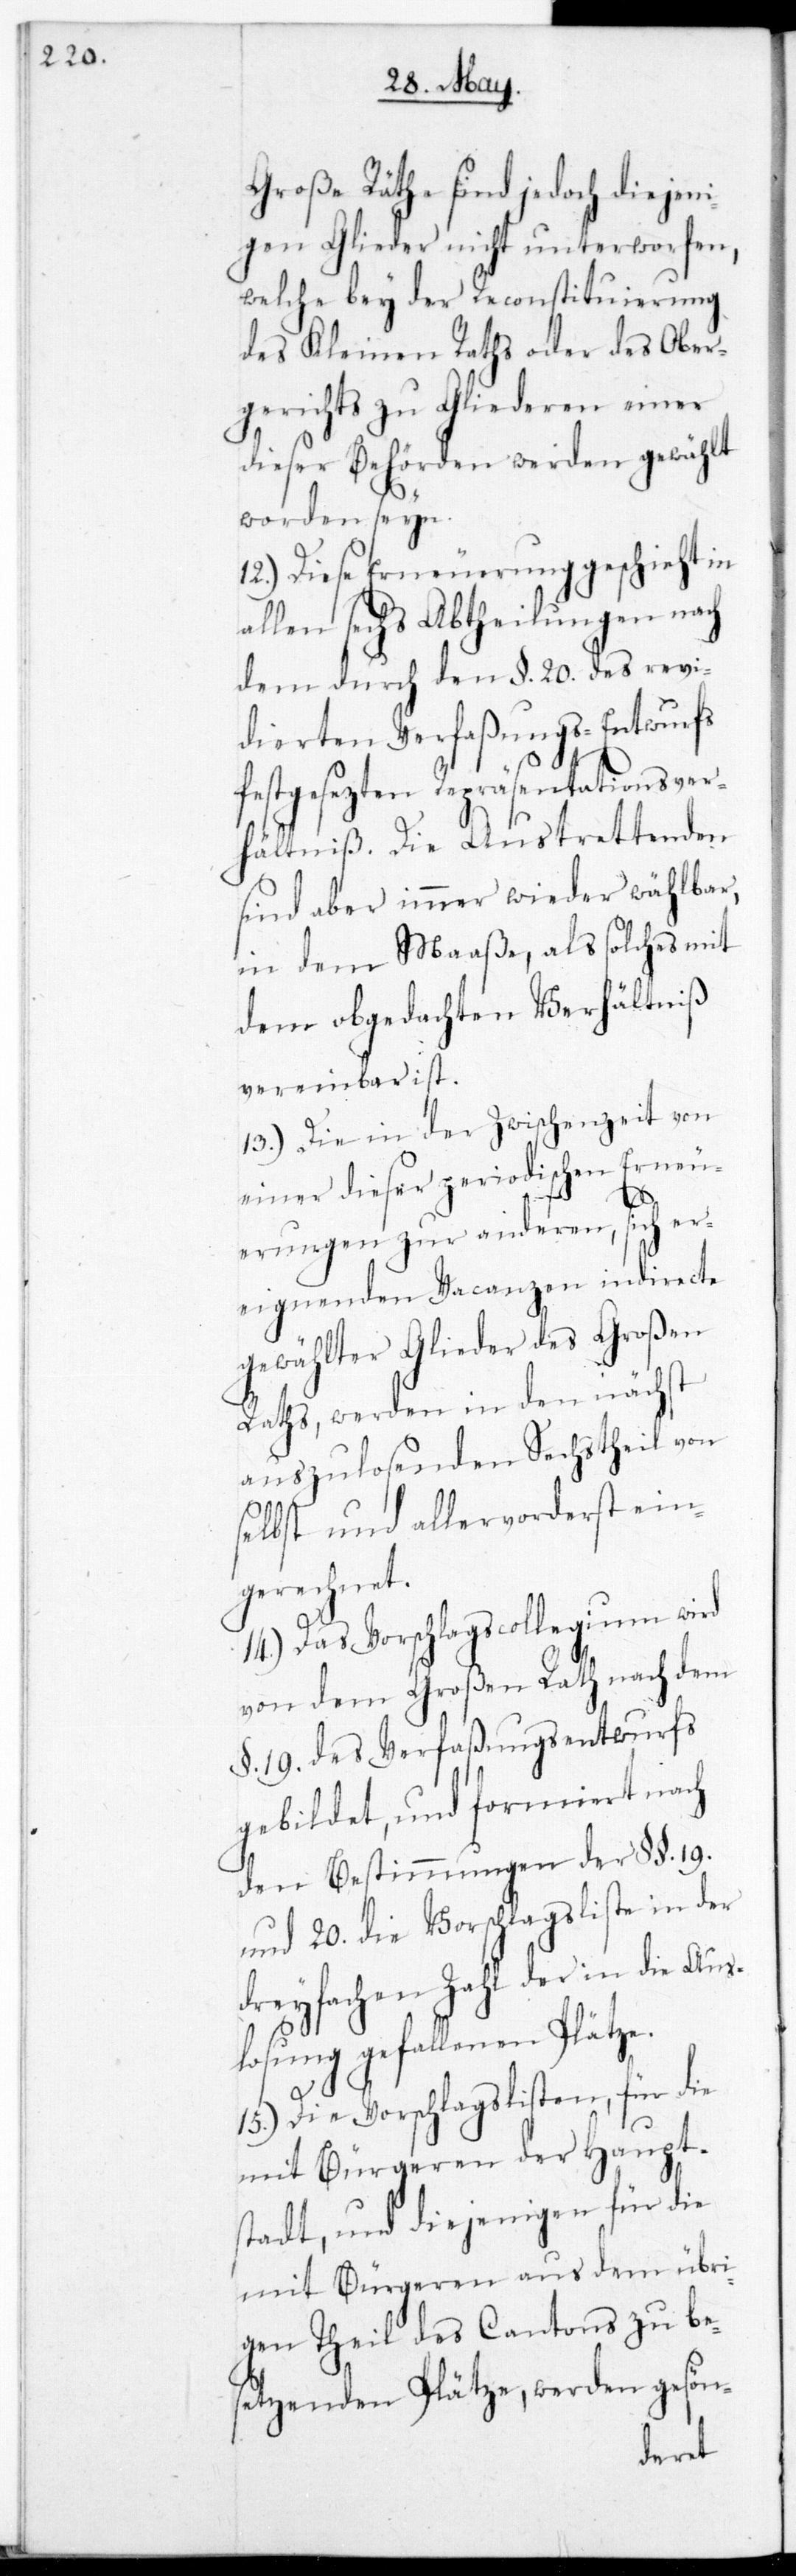
Große Räthe sind jedoch diejeni¬
gen Glieder nicht unterworfen,
welche bey der Reconstituierung
des Kleinen Raths oder des Ober¬
gerichts zu Gliederen einer
dieser Behörden werden gewählt
worden sein.
12.) Diese Erneuerung geschieht in
allen sechs Abtheilungen nach
dem durch den §. 20. des revi¬
dierten Verfaßungs-Entwurfs
festgesezten Repräsentationsver¬
hältniß. Die Austrettenden
sind aber immer wieder wählbar,
in dem Maaße, als solches mit
dem obgedachten Verhältniß
vereinbar ist.
13.) Die in der Zwischenzeit von
einer dieser periodischen Erneu¬
erungen zur anderen, sich er¬
eignenden Vacanzen indirecte
gewählter Glieder des Großen
Raths, werden in den nächst
auszulosenden Sechstheil von
selbst und allervorderst ein¬
gerechnet.
Das Vorschlagscollegium wird
von dem Großen Rath nach dem
§. 19. des Verfaßungs-Entwurfs
gebildet, und formiert nach
den Bestimmungen der §§. 19.
und 20. die Vorschlagsliste in der
dreyfachen Zahl der in die Aus¬
loosung gefallenen Plätze.
15.) Die Vorschlagslisten für die
mit Bürgeren der Haupt¬
stadt, und diejenigen für die
mit Bürgeren aus dem übri¬
gen Theil des Cantons zu be¬
setzenden Plätze, werden gesön-